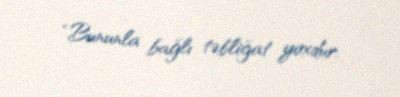
“Bununla bağlı təbliğat yoxdur.